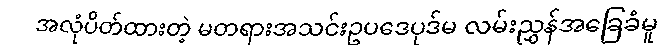
အလုံပိတ်ထားတဲ့ မတရားအသင်းဥပဒေပုဒ်မ လမ်းညွှန်အခြေခံမူ